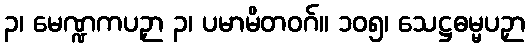
၃၊ မေဏ္ဍကပဉှာ ၃၊ ပမာမိတဝဂ်။ ၁၀၅၊ သေဋ္ဌဓမ္မပဉှာ